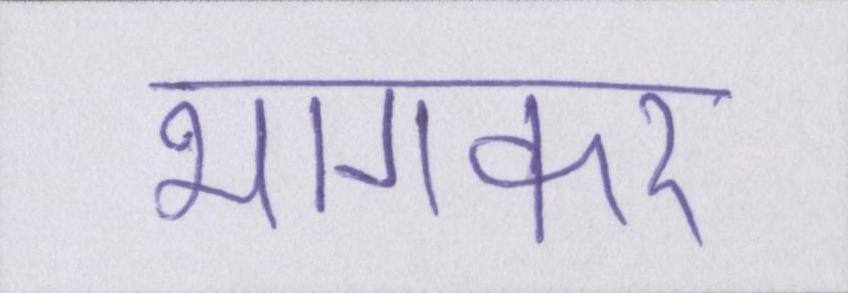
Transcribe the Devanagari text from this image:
भागकर